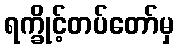
ရက္ခိုင့်တပ်တော်မှ